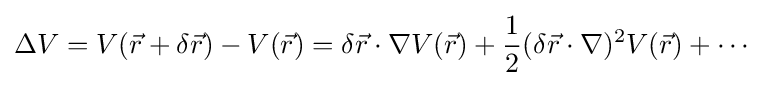
\Delta V=V({\vec {r}}+\delta {\vec {r}})-V({\vec {r}})=\delta {\vec {r}}\cdot \nabla V({\vec {r}})+{\frac {1}{2}}(\delta {\vec {r}}\cdot \nabla )^{2}V({\vec {r}})+\cdots